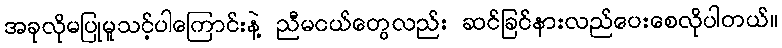
အခုလိုမပြုမူသင့်ပါကြောင်းနဲ့ ညီမငယ်တွေလည်း ဆင်ခြင်နားလည်ပေးစေလိုပါတယ်။